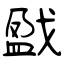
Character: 戤